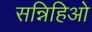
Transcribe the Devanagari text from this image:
सन्निहिओ